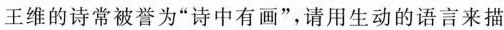
1王维的诗常被誉为”诗中有画”，请用生动的语言来描